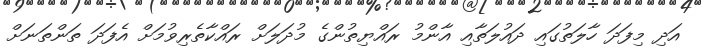
އަދި މިފަދަ ހާލަތުގައި ދައުލަތާއި އާންމު ރައްޔިތުންގެ މުދަލަށް ރައްކާތެރިވުމަށް އެފަދަ ތަންތަނަށް